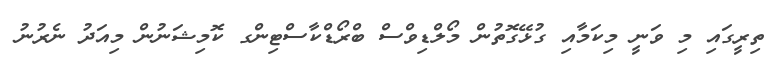
ތިރީގައި މި ވަނީ މިކަމާއި ގުޅޭގޮތުން މޯލްޑިވްސް ބްރޯޑްކާސްޓިންގ ކޮމިޝަނުން މިއަދު ނެރުނު